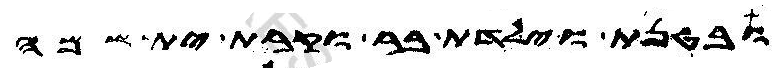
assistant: ובטנת וילדת בר וקרת ית שמה